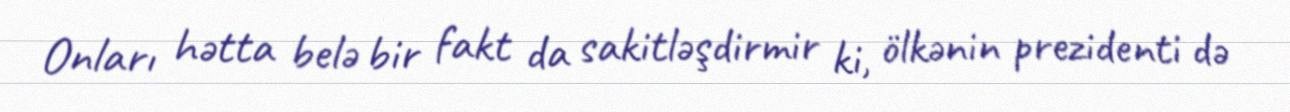
Onları hətta belə bir fakt da sakitləşdirmir ki, ölkənin prezidenti də